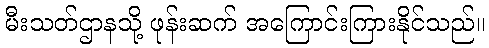
မီးသတ်ဌာနသို့ ဖုန်းဆက် အကြောင်းကြားနိုင်သည်။